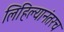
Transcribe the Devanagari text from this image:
लिहिल्यानंतरच